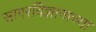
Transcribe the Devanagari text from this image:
सागरविज्ञानाच्या